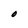
Character: O